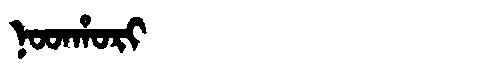
Manchu: ᠨᠣᡨᡥᠣᡵᡳ
Romanization: NOTHORI